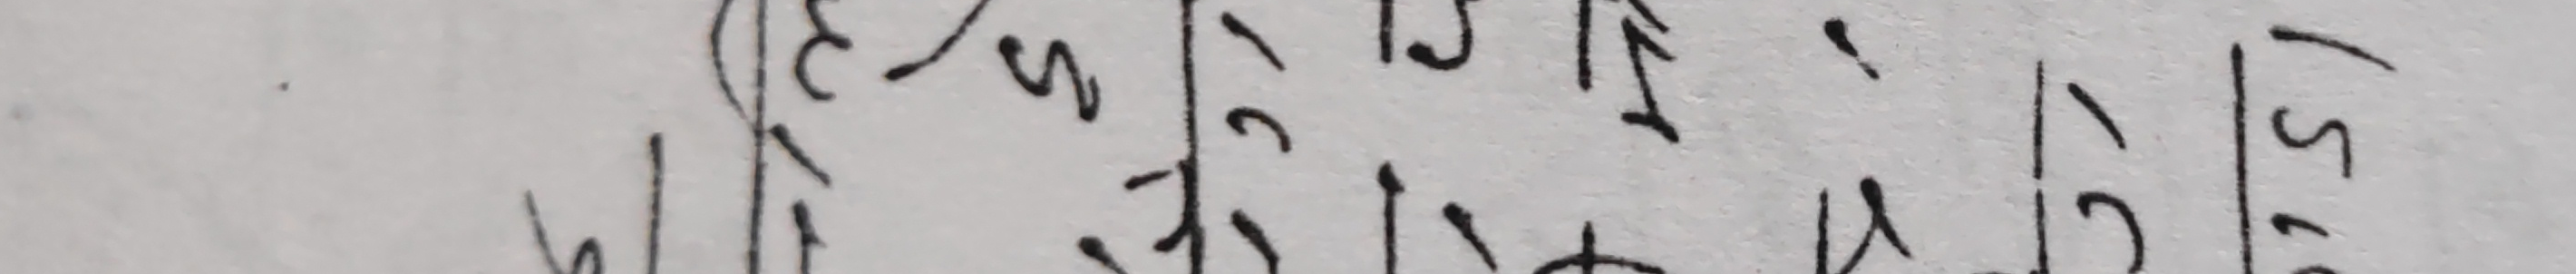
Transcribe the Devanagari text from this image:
| ७ | ६ | १,८४५ | ३ | १,५,५ | १,५०,४३ | १० | ५